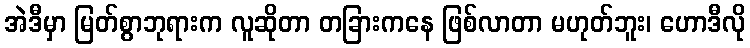
အဲဒီမှာ မြတ်စွာဘုရားက လူဆိုတာ တခြားကနေ ဖြစ်လာတာ မဟုတ်ဘူး၊ ဟောဒီလို